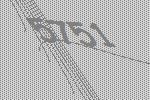
5751